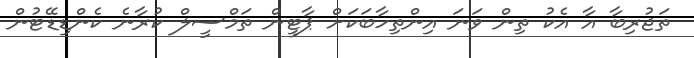
ތަޖުރިބާ އާ އެކު ތިން ވަނަ އިންތިހާބަކަށް ޕާޓީން ތަމްސީލް ކުރާނެ ކެންޑިޑޭޓުން